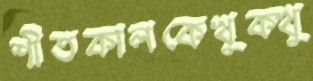
শীতকালকেখুক্‌খু